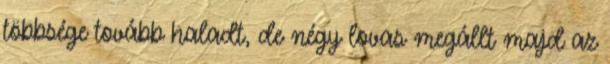
többsége tovább haladt, de négy lovas megállt majd az